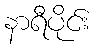
နာရီပိုင်း